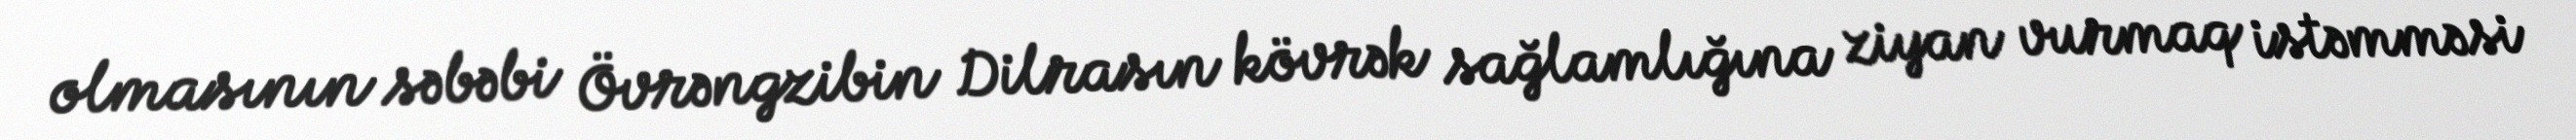
olmasının səbəbi Övrəngzibin Dilrasın kövrək sağlamlığına ziyan vurmaq istəmməsi